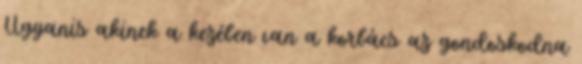
Ugyanis akinek a kezében van a korbács az gondoskodna